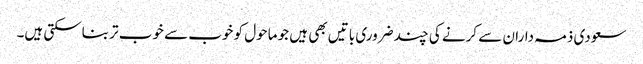
سعودی ذمہ داران سے کرنے کی چند ضروری باتیں بھی ہیں جو ماحول کو خوب سے خوب تر بناسکتی ہیں۔